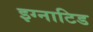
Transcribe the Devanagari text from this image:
इग्नाटिड